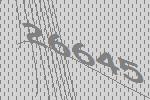
26645